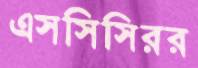
এসসিসিরর